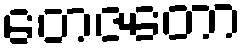
တေဇတော